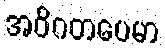
အဝိဂတပေမာ